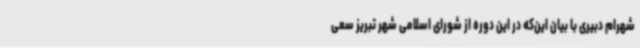
شهرام دبیری با بیان این‌که در این دوره از شورای اسلامی شهر تبریز سعی